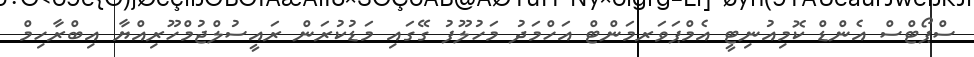
ސްޕޯޓްސް އެންޑް ކޮމިއުނިޓީ އެމްޕަވަރމަންޓް އަހްމަދު މަހުލޫފު ގޭގައި މަޑުކުރަން ރައީސުލްޖުމްހޫރިއްޔާ އިބްރާހިމް